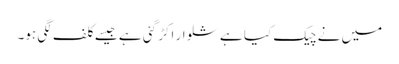
میں نے چیک کیا ہے شلوار اکڑ گئی ہے جیسے کلف لگی ہو۔